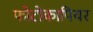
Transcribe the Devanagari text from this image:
फोटोकापियर